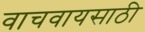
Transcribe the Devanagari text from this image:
वाचवायसाठी